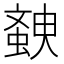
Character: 螤